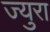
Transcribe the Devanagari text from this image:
ज्युरा